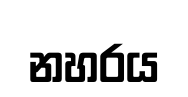
නහරය